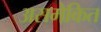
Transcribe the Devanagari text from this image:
असमेकित